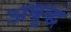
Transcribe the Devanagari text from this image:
अबुद्ध